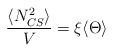
LaTeX: \begin{align*}\frac{\langle N_{CS}^2\rangle}{V}=\xi\langle \Theta \rangle\end{align*}